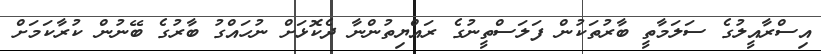
އިސްރާއީލުގެ ސަލަމާތީ ބާރުތަކުން ފަލަސްތީނުގެ ރައްޔިތުންނާ ދެކޮޅަށް ނުހައްގު ބާރުގެ ބޭނުން ކުރާކަމަށް